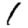
Digit: 1